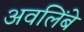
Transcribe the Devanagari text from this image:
अवलिंबे